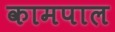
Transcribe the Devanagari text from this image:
कामपाल